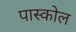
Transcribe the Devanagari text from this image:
पास्कोल